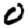
Digit: 0